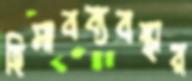
হিসাবব্যবস্থার